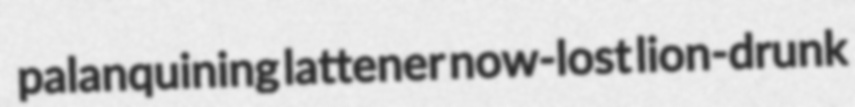
palanquining lattener now-lost lion-drunk